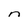
Character: n